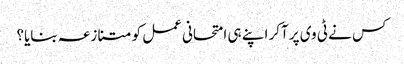
کس نے ٹی وی پر آکر اپنے ہی امتحانی عمل کو متنازعہ بنایا؟